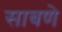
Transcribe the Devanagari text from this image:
साबणे